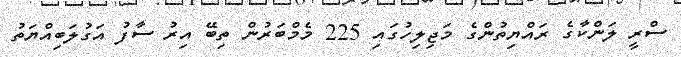
ސްރީ ލަންކާގެ ރައްޔިތުންގެ މަޖިލިހުގައި 225 މެމްބަރުން ތިބޭ އިރު ސާފު އަގުލަބިއްޔަތު